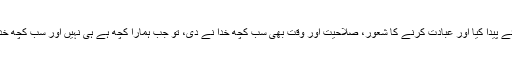
مسئلہ یہ ہے کہ ہم تو تھے ہی نہیں اور خدا نے ہمیں اپنی عبادت کے لئے پیدا کیا اور عبادت کرنے کا شعور، صلاحیت اور وقت بھی سب کچھ خدا نے دی، تو جب ہمارا کچھ ہے ہی نہیں اور سب کچھ خدا کا ہی ہے تو یہاں پر خدا کی محتاجی کا سوال پیدا ہی کیسے ہوتا ہے؟